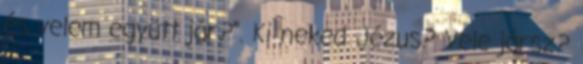
és velem együtt jár?”. Ki neked Jézus? Vele jársz?